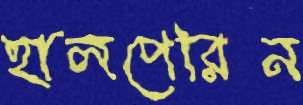
হালপেরিন